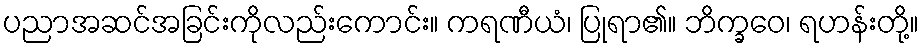
ပညာအဆင်အခြင်းကိုလည်းကောင်း။ ကရဏီယံ၊ ပြုရာ၏။ ဘိက္ခဝေ၊ ရဟန်းတို့။